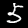
Digit: 5